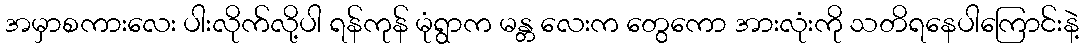
အမှာစကားလေး ပါးလိုက်လို့ပါ ရန်ကုန် မုံရွာက မန္တ လေးက တွေကော အားလုံးကို သတိရနေပါကြောင်းနဲ့